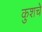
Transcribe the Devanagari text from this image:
कुशचे